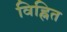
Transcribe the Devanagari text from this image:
विह्नित